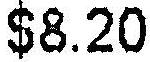
$8.20